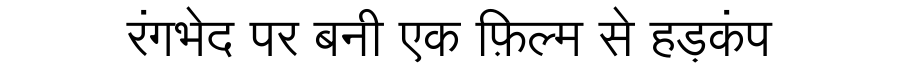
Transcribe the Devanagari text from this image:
रंगभेद पर बनी एक फ़िल्म से हड़कंप